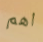
اهم